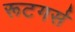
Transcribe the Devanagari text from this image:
रूटगर्स